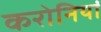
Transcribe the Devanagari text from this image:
करोनियां